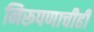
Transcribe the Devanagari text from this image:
निरूपणाचीही